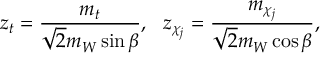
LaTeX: z _ { t } = \frac { m _ { t } } { \sqrt { 2 } m _ { W } \sin \beta } , ~ ~ z _ { \chi _ { j } } = \frac { m _ { \chi _ { j } } } { \sqrt { 2 } m _ { W } \cos \beta } ,